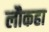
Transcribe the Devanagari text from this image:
लौकहा